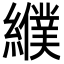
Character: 纀